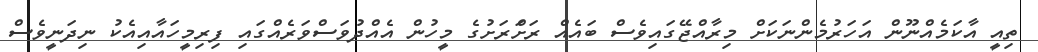
ތިއީ އާކަމެއްނޫން އަހަރުމެންނަކަށް މިރާއްޖޭގައިވެސް ބައެއް ރަށްަރަށުގެ މީހުން އެއްދުވަސްވަރެއްގައި ފިރިމީހައާއިއެކު ނިދަނީވެސް